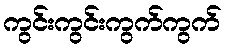
ကွင်းကွင်းကွက်ကွက်